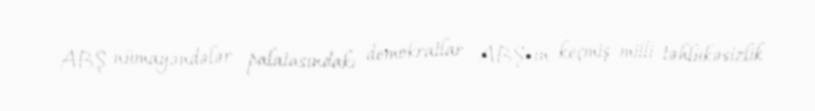
ABŞ nümayəndələr palatasındakı demokratlar ABŞ-ın keçmiş milli təhlükəsizlik